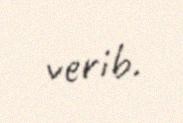
verib.